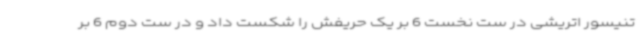
تنیسور اتریشی در ست نخست 6 بر یک حریفش را شکست داد و در ست دوم 6 بر